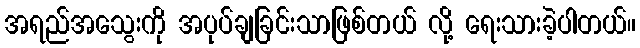
အရည်အသွေးကို အပုပ်ချခြင်းသာဖြစ်တယ် လို့ ရေးသားခဲ့ပါတယ်။